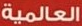
العالمية